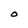
Character: O